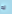
له